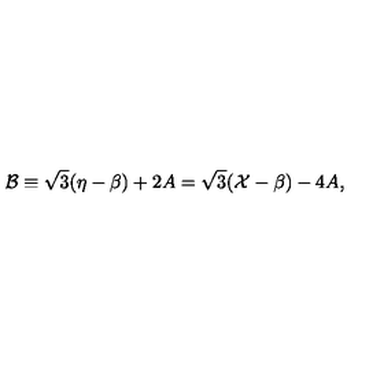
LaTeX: \mathcal { B } \equiv \sqrt { 3 } ( \eta - \beta ) + 2 A = \sqrt { 3 } ( \mathcal { X } - \beta ) - 4 A ,